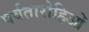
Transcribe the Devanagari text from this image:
पर्वतारोहिओं